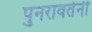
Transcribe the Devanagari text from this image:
पुनरावर्तनी